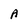
Character: A